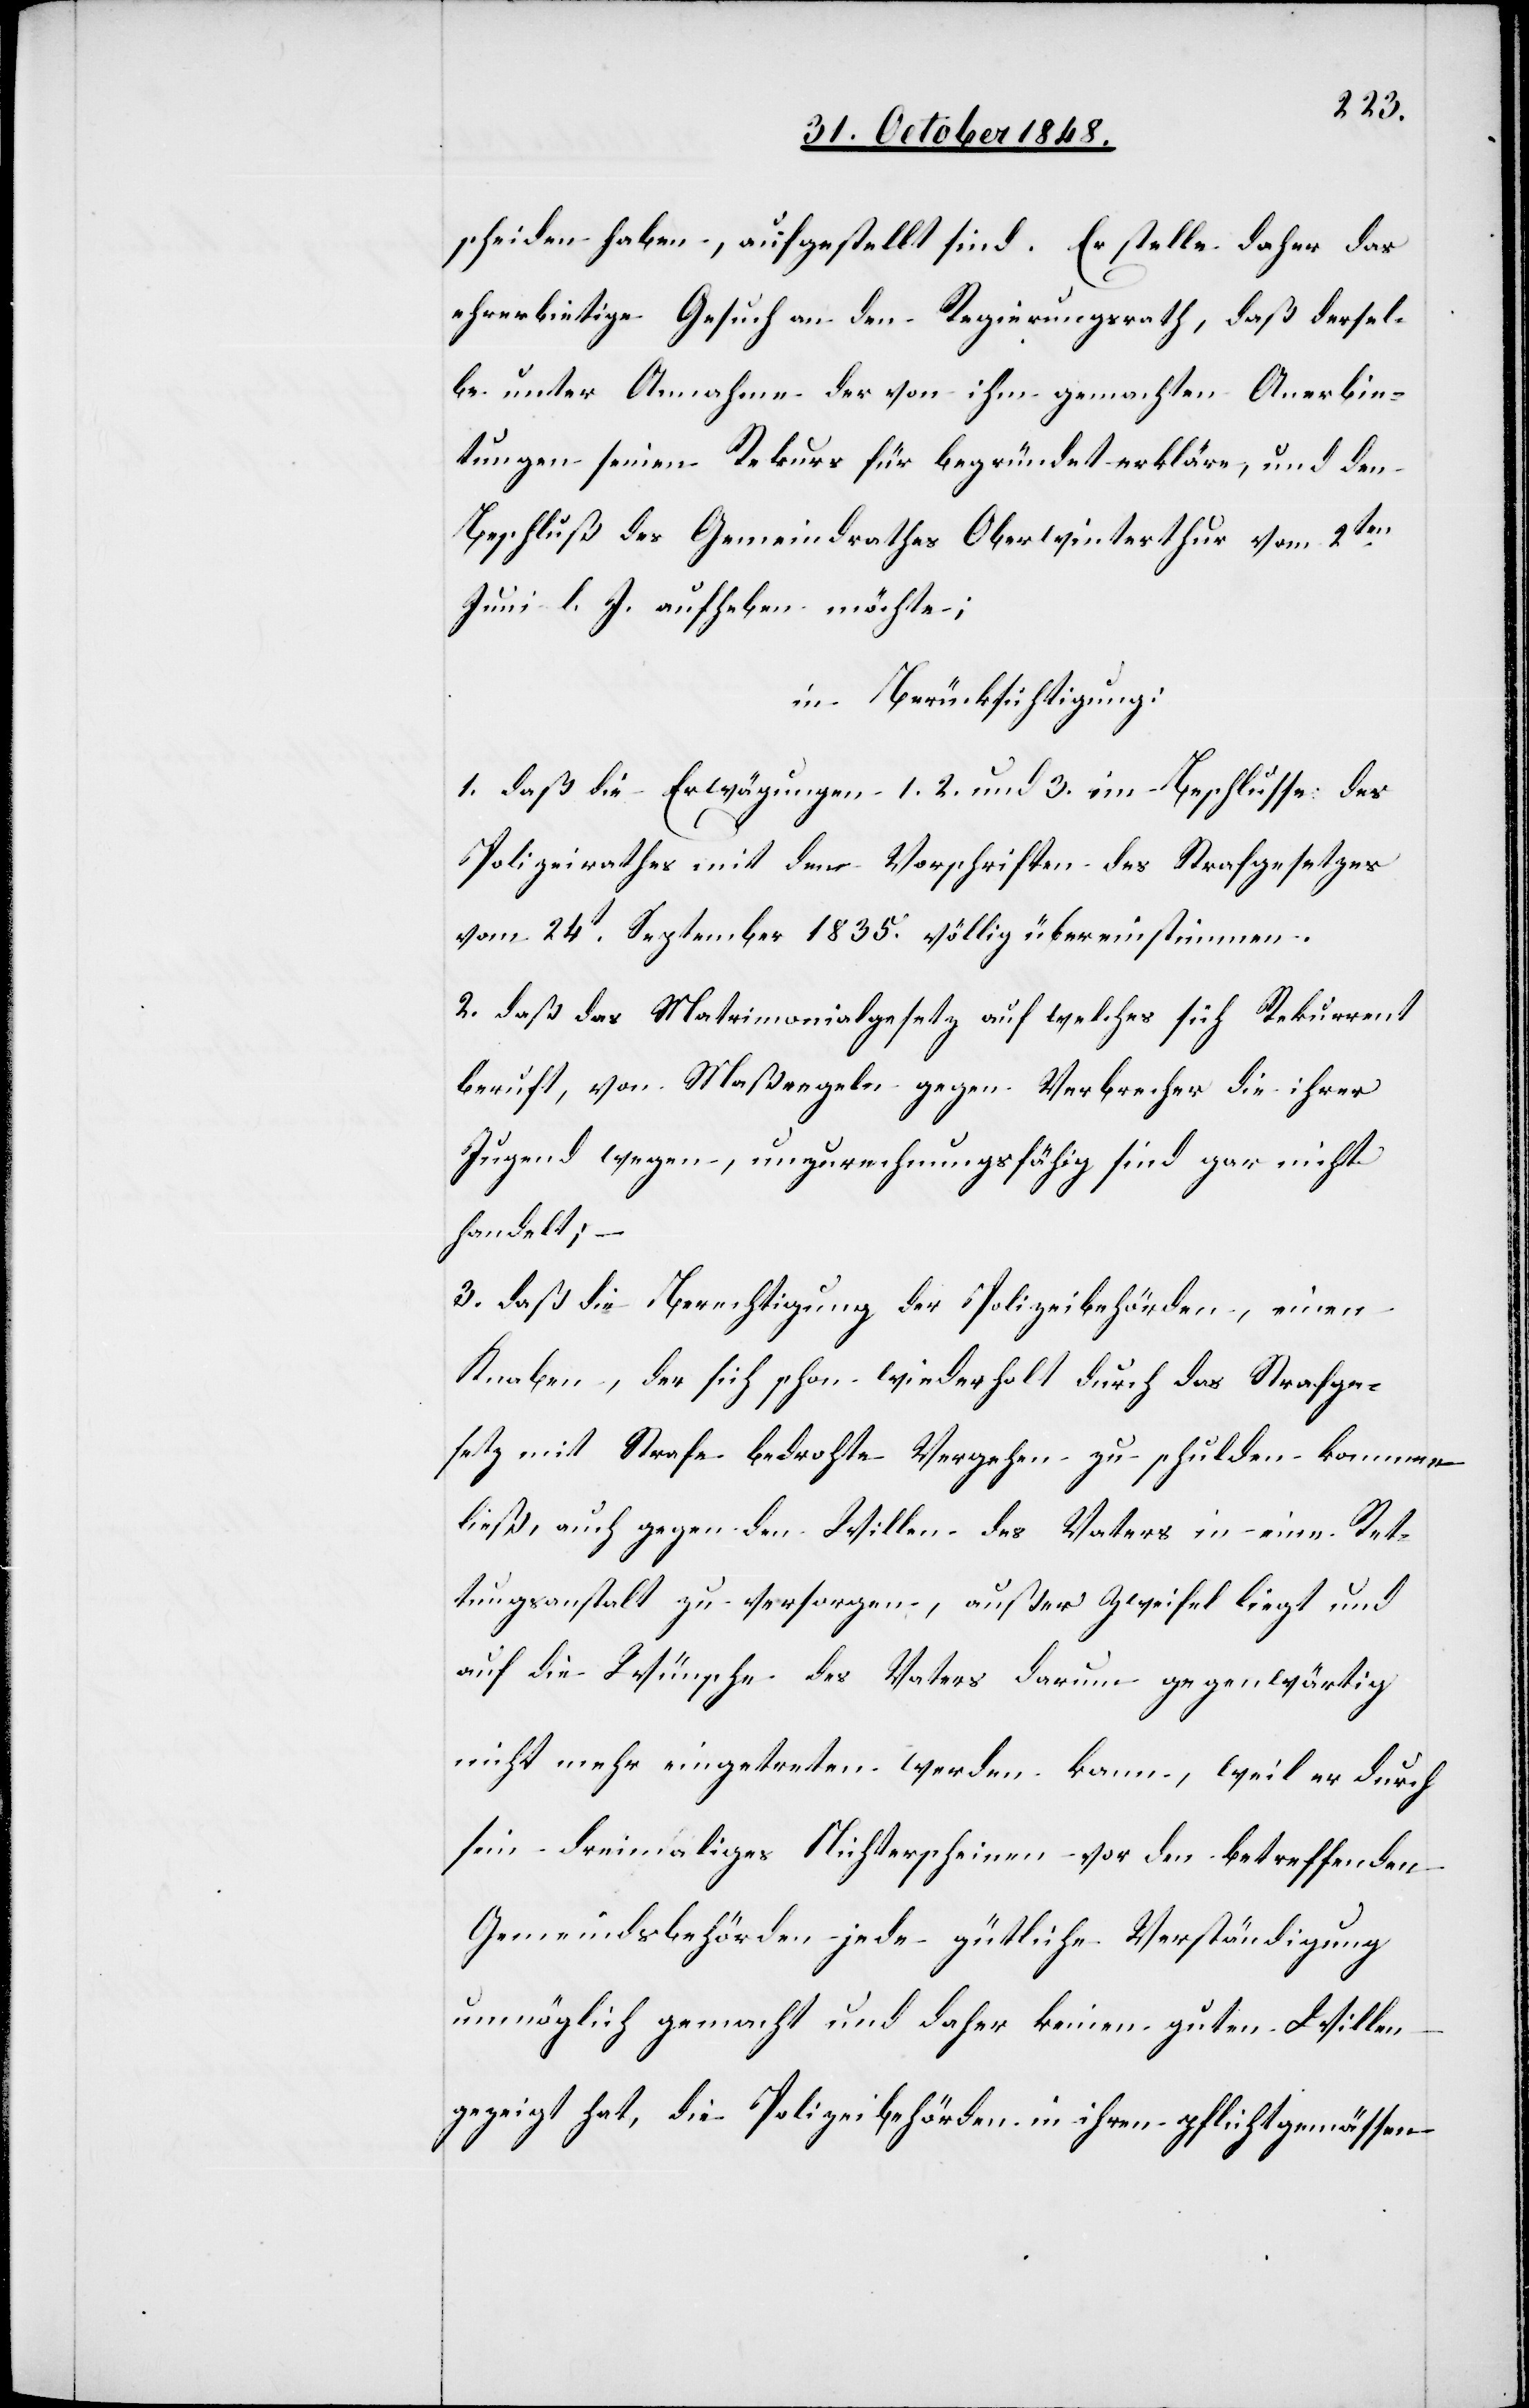
scheiden haben, ausgestellt sind. Er stelle daher das
ehrerbietige Gesuch an den Regierungsrath, daß dersel¬
be unter Annahme der von ihm gemachten Anerbie¬
tungen seinen Rekurs für begründet erkläre, und den
Beschluß des Gemeindrathes Oberwinterthur vom 2ten
Juni l. J. aufheben möchte;
in Berücksichtigung:
1. Daß die Erwägung 1. 2. und 3. im Beschlusse des
Polizeirathes mit den Vorschriften des Strafgesetzes
vom 24t September 1835. völlig übereinstimmen.
2. daß das Matrimonialgesetz auf welches sich Rekurrent
beruft, von Maßregeln gegen Verbrecher die ihrer
Jugend wegen, unzurechnungsfähig sind gar nicht
handelt; –
3. daß die Berechtigung der Polizeibehörden, einen
Knaben, der sich schon wiederholt durch das Strafge¬
setz mit Strafe bedrohte Vergehen zu schulden kommen
ließ, auch gegen den Willen des Vaters in eine Ret¬
tungsanstalt zu versorgen, außer Zweifel liegt und
auf die Wünsche des Vaters darum gegenwärtig
nicht mehr eingetreten werden kann, weil er durch
sein dreimaliges Nichterscheinen vor den betreffenden
Gemeindsbehörden jede gütliche Verständigung
unmöglich gemacht und daher keinen guten Willen
gezeigt hat, die Polizeibehörden in ihren pflichtgemässen